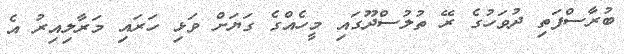
ބުރާސްފަތި ދުވަހުގެ ރޭ ތުލުސްދޫގައި މީހެއްގެ ގަޔަށް ވަޅި ހަރައި މަރާލިއިރު އެ